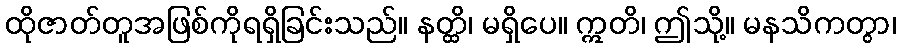
ထိုဇာတ်တူအဖြစ်ကိုရရှိခြင်းသည်။ နတ္ထိ၊ မရှိပေ။ ဣတိ၊ ဤသို့။ မနသိကတွာ၊